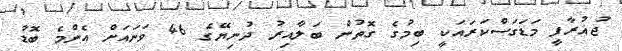
ޖުޣުރާފީ މަޑަގަސްކަރައަކީ ބިމުގެ ގޮތުން ބަލާއިރު ދުނިޔޭގެ 46 ވަނައަށް އެންމެ ބޮޑު